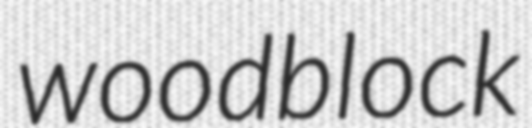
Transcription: woodblock